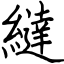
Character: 繨